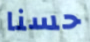
حسنا